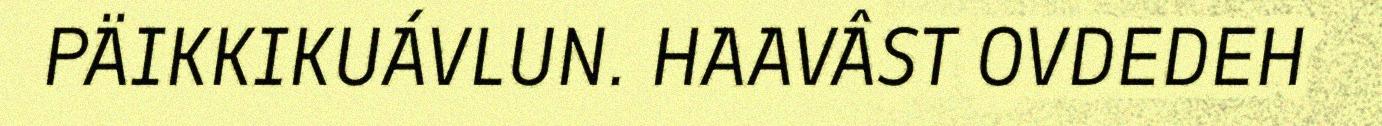
PÄIKKIKUÁVLUN. HAAVÂST OVDEDEH